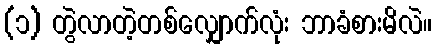
(၁) တွဲလာတဲ့တစ်လျှောက်လုံး ဘာခံစားမိလဲ။